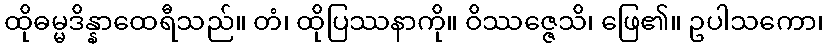
ထိုဓမ္မဒိန္နာထေရီသည်။ တံ၊ ထိုပြဿနာကို။ ဝိဿဇ္ဇေသိ၊ ဖြေ၏။ ဥပါသကော၊